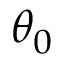
\theta _ { 0 }